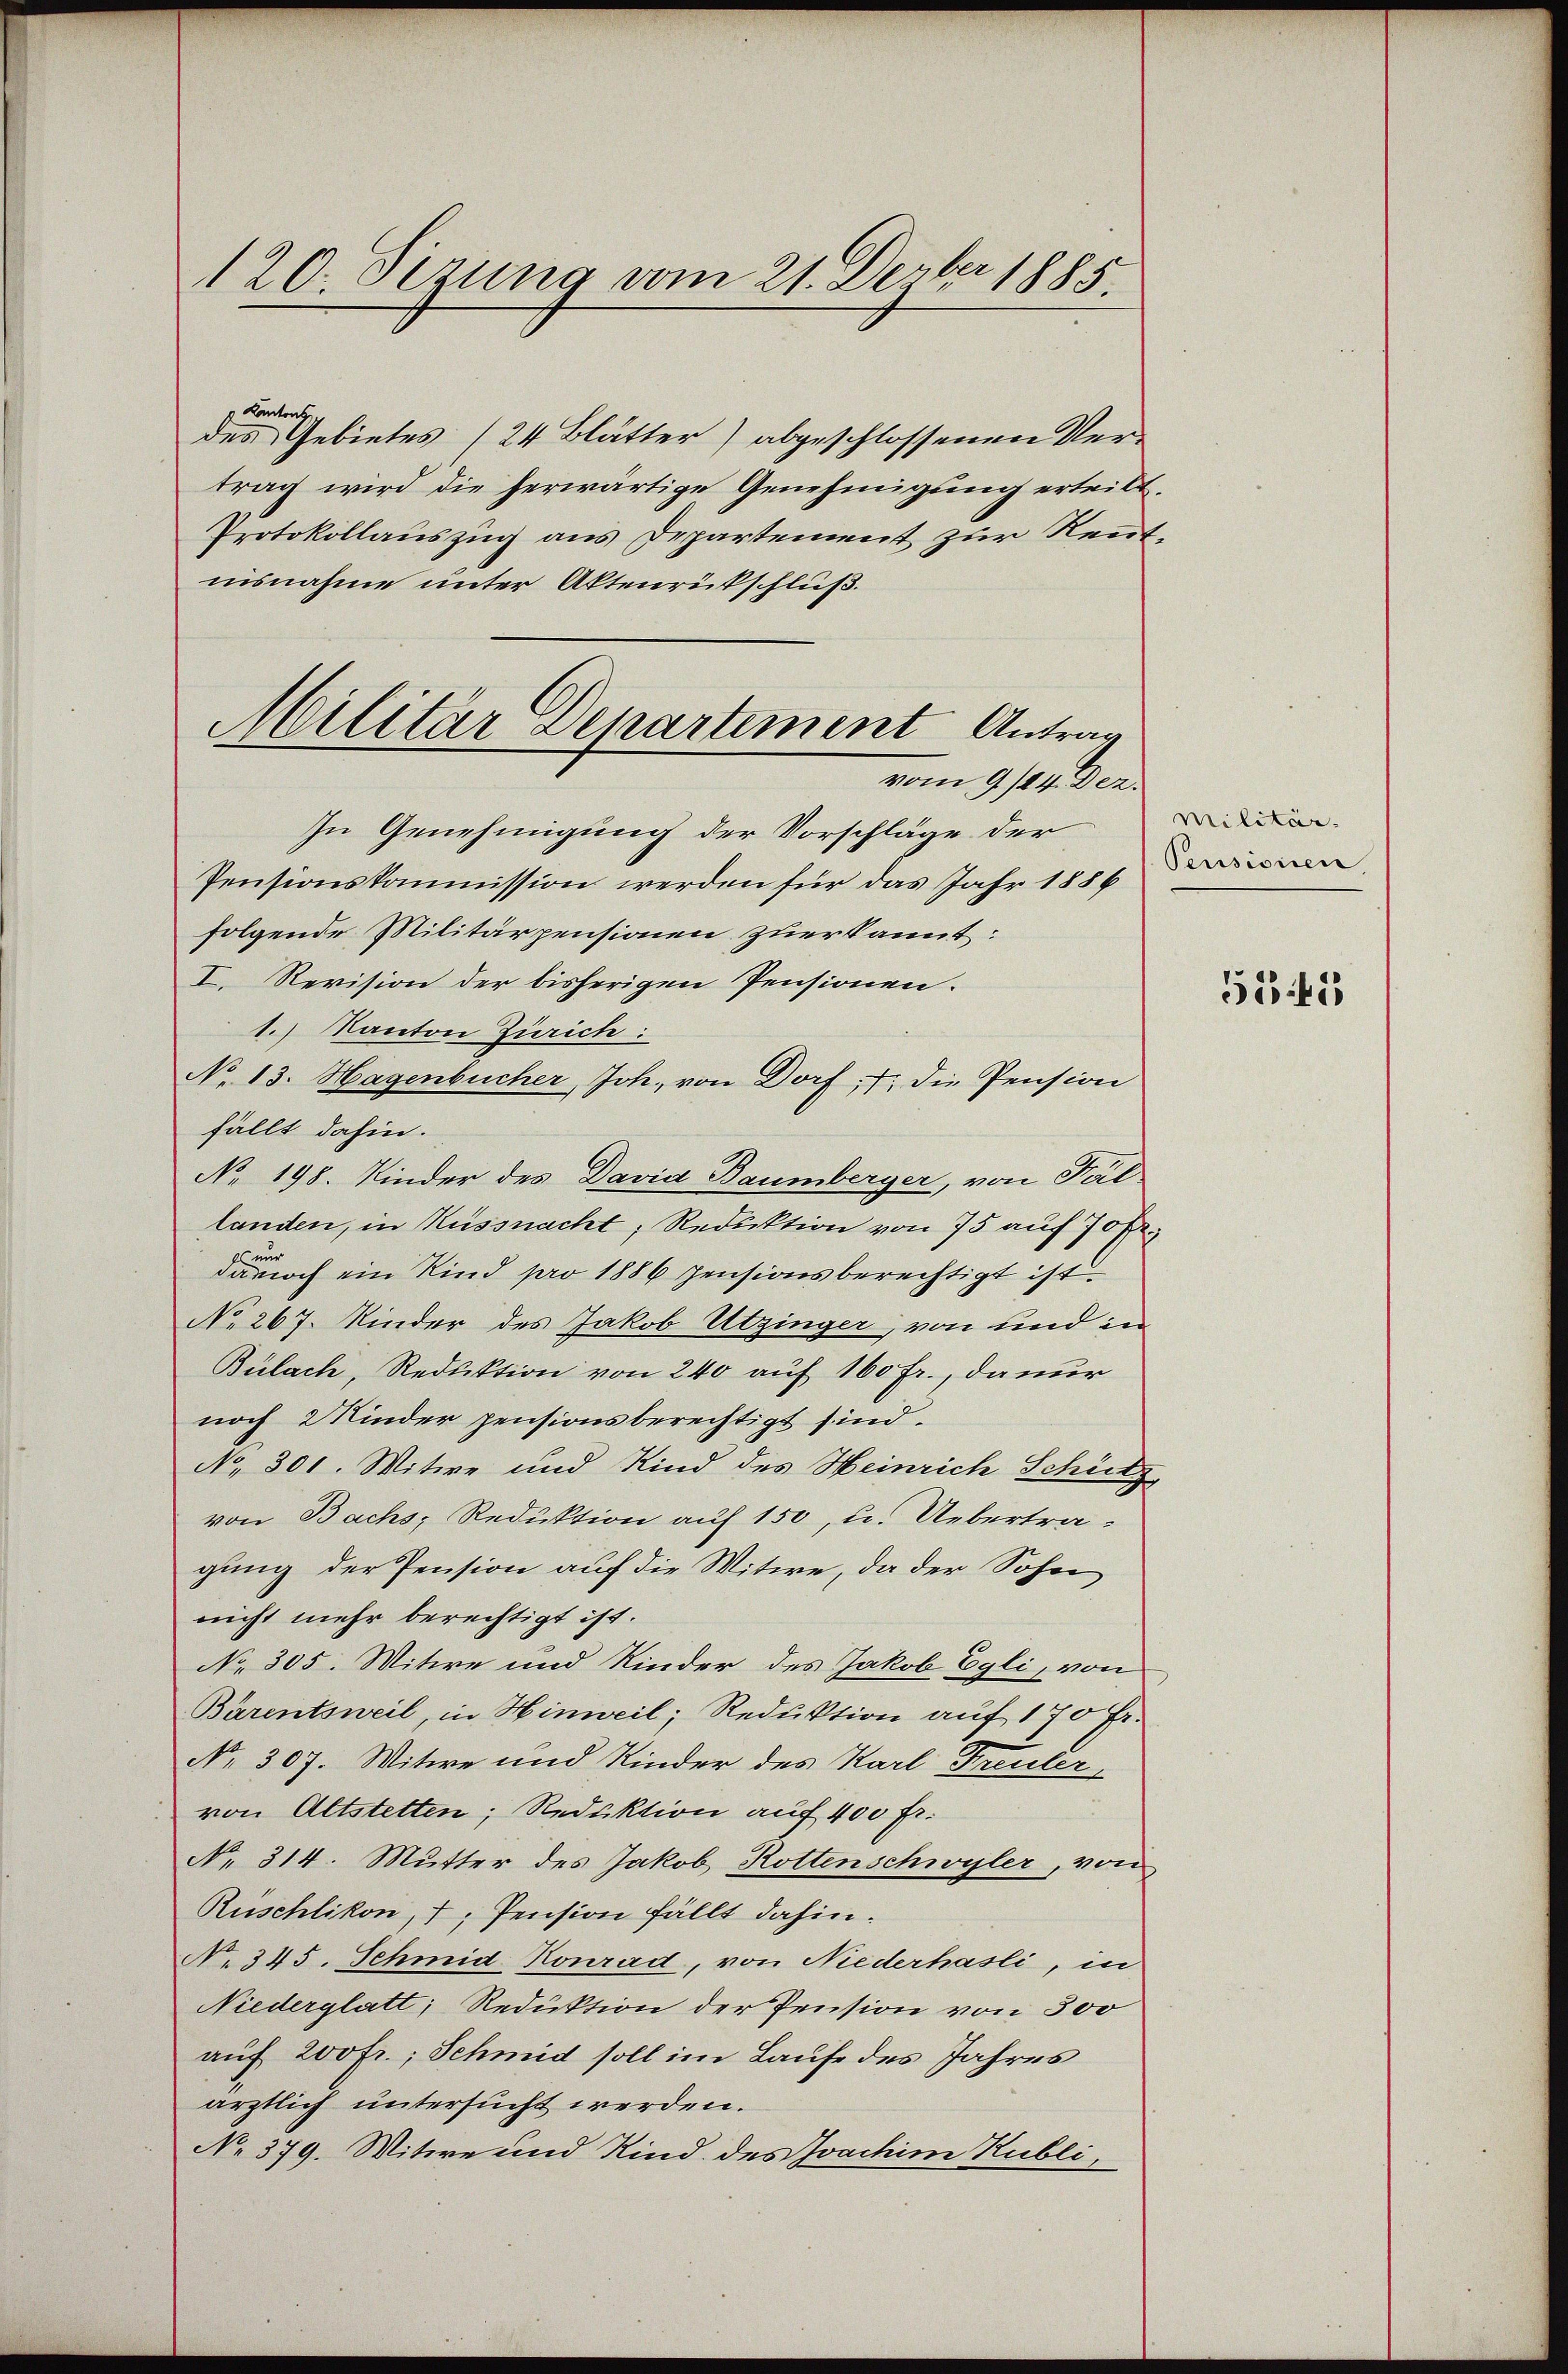
120. Sizung vom 21. Dezbr 1885.

Kantons
des Gebietes (24 Blätter) abgeschlossenen Vertrag wird die herwärtige Genehmigung ertritt
Protokollauszug aus Departement zur Rentnisnahme unter Aktenrückschluß.
In Genehmigung der Vorschläge der
Pensionskommission werden für das Jahr 1886
folgende Militärpensionen zuerkannt:
I. Revision der bisherigen Pensionen.
1.) Kanton Zürich:
No 13. Hagenbucher Joh. von Dorf, 7. die Pension
fällt dahin.
No 198. Kinder des David Baumberger, von Fäl-
landen, in Küssnacht, Reduktion von 75 auf 70 f.
Es un
da noch ein Kind pro 1886 pensionsberechtigt ist
No 267. Kinder des Jakob Utzinger, von und in
Bülach, Reduktion von 240 auf 160 fr., da nur
noch 2 Kinder pensionsberechtigt sind.
No. 301. Witwe und Kind des Heinrich Schütz
von Bachs, Reduktion auf 150, u. Uebertra-
gung der Pension auf die Witwe, da der Sohn
nicht mehr berechtigt ist.
No. 305. Mitwe und Kinder des Jakob Egli, von
Bärentsweil, in Hinweil; Reduktion auf 170 Fr.
No. 307. Witwe und Kinder des Karl Freuter
von Altstetten; Reduktion auf 400 fr.
No 314. Mutter des Jakob Rottenschwyler, von
Ruschlikon, 7, Pension fällt dahin.
No 345. Schmid Konrad, von Niederhasli, in
Niederglatt, Reduktion der Pension von 300
auf 200fr.; Schmid soll im Laufe des Jahres
ärztlich untersucht werden.
No 379. Witwe und Kind des Joachim Kubli,

Militär Departement Antrag
vom 9/14. Dez.

Militär.
Pensisiren.

5555